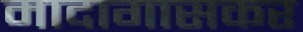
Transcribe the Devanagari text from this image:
मादागासकर